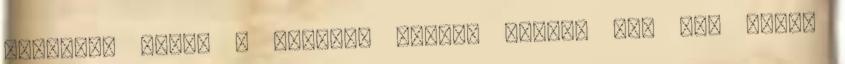
érkezik, akkor a beesési szögek között van egy olyan